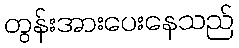
တွန်းအားပေးနေသည်